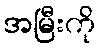
အမြီးကို